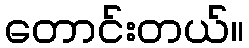
တောင်းတယ်။